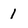
Character: 1